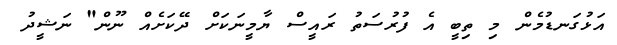
އަޅުގަނޑުމެން މި ތިބީ އެ ފުރުސަތު ރައީސް ޔާމީނަކަށް ދޭކަށެއް ނޫން" ނަޝީދު